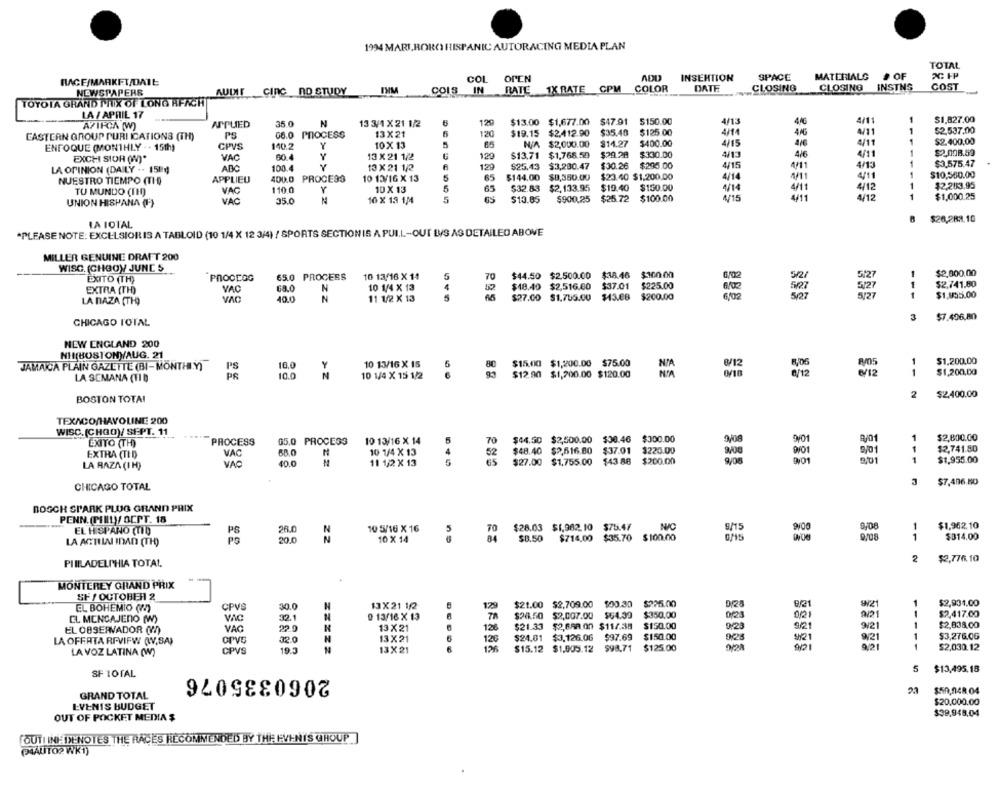
1994 MARLBORO HISPANIC AUTORACING MEDIA PLAN
TOTAL
COL OPEN
INSERTION
SPACE
MATERIALG
# OF
RACE/MARKET/DATE
DATE
CLOSING
CLOSING
INSTNS
COST
NEWSPAPERS
AUDIT CIRC DD STUDY
COIS IN RATE 1X RATE CPM COLOR
TOYOTA GRAND PRIX OF LONG AFACHT
LA / APRIL 17
$150.00
4/13
446
4/11
$1,827.00
AZIFCA (W)
ASPUED
35.0
N
13 3/1 X 21 1/2
6
129
$13.00 $1,677.00 $47.91
PB
08.0 PROCESS
13X 21
120
$19.15 $2.412.90
$35.40
$125.00
416
4/11
52.537.00
EASTERN GROUP PURI ICATIONS (TH)
N/A $2,000.00
$14.27
$400.00
4/15
4/6
4/11
$2.400,00
ENFOQUE (MONTHLY . . 15th)
CPVS
140.2
10 X 13
$2.008.59
EXCHI SIOR (N)*
VAC
60.4
13 X 21 1/2
129
$13.71
$1,768.59
$29.28
$330.00
4/13
4/6
4/11
ABC
100.4
Y
13 X 21 1/2
129
$25.43
$3,290.47
$30.26
$295.00
4/15
4/11
4/13
$3,575.47
LA OPINION (DAILY .- 151)
4/14
4/11
4/11
$10,550.00
NUESTRO TIEMPO (TID
APPLIEU
400.0
PROCESS
10 13/16 X 13
65
$144.00
$8,350.00
$23.40 $1,200,00
TU MUNDO (TH)
VAC
110 0
Y
10 X 13
65
$32.83
$2,133.95
$10.40
$150.00
4/14
4/11
4/12
$2,283.95
$13.05
$900,25
$25.72
$100.00
4/15
4/11
4/12
$1,000.25
UNION HISPANA (1)
VAC
35.0
N
16 X 13 1/4
$20,289.10
LA IOTAL
*PLEASE NOTE: EXCELSIOR IS A TABLOID (10 1/4 X 12 3/4) / SPORTS SECTION IS A PULL-OUT LVS AS DETAILED ABOVE
MILLER GENUINE DRAFT 200
WISC. (CHGOY JUNE S
PROCEOG
65.0 PROCESS
10 13/16 X 14
5
70
$44.50 $2.500.00 $38.46 $100.00
6/02
5/2/
5:27
$2,000.00
EXITO (TH)
$18.40 $2,516.60 $37.01 $225.00
6/02
$2,741.80
EXTRA (TH)
VAC
68.0
N
10 1/4 X 13
507
5/27
1
$1,855.00
LA NAZA (TH-)
VAC
40.0
N
11 1/2 X 13
$27.00 $1.755.00 $13.88 $200.00
6/02
5/27
3
$7.406,80
CHICAGO TOTAL
NEW ENGLAND 200
NH(BOSTONY/AUG. 21
10 13/16 X 15
5
$15.00 $1,200.00 $75.00
3/12
R/05
$1,200,00
JAMAICA PLAIN GAZETTE (BI- MONTHI.Y)
PS
10.0
8/12
6/12
$1,200,00
LA SEMANA (TID
PS
10.0
10 1/4 X 15 1/2
$12.90 $1,200.00 $120.00
2
$2,400.00
BOSTON TOTAL
TEXACO/HAVOLINE 200
WISC. (CHGO)/ SEPT. 11
EXITO (TH)
PROCESS
05.0 PROCESS
10 13/16 X 14
5
70
$44.50 $2,500.00 $30.46 $300.00
9/08
S/01
1
$2,800.00
VAC
10 1/4 X 13
$48.40 $2,616.80 $37.01 $220.00
9/01
-
$2,741.80
EXTRA (TID
62
1
$1,955.00
LA RAZA (I H)
VAC
40.0
11 1/2 X 13
65
$27.00 $1,755.00 $43 88 $200.00
$7,406.80
CHICAGO TOTAL
BOGCH SPARK PLUG GRAND PRIX
PENN. (PHILY OCPT. 18
EL HISPANO (TID)
10 5/16 X 16
$28.03 $1,962.10 $75.47
NIC
8/15
9,08
1
$1,962.10
10 X 14
$8.50
$714.00 $35.70 $100.00
1
$314.00
LA ACTILA IDAD (TH)
PHILADELPHIA TOTAL
2
$2,776.10
MONTEREY GRAND PRIX
SF / OCTOBER 2
9/21
EL BOHEMIO (M)
CPVS
30.0
N
13X21 1/2
129
$21.00 $2,709.00 $00.30 $225.00
D28
9/21
$2,934.00
EL MENSAJENO (W)
VAC
32.1
0 13/16 X 13
$26.50 $2,007.00 $64.39 $350.00
0/21
001
$2,417.00
$21.33 $2,6AR.00 $11/.35
$150.00
9/23
9/21
9/21
1
$2,838.00
EL OBSERVADOR (V)
VAG
22.0
N
13 X 21
126
LA OFERTA REVIEW (WV.SA)
CPVC
32.0
N
13X21
126
$24.01 $3.126.06 $97.69
$150.00
3421
9/21
1
$3,276.06
CPVS
19.3
13 X 21
12%
$15.12 $1,905.12 $98,71 $125.00
921
$2,030.12
LA VOZ LATINA (W)
SF TOTAL
2060335076
5
$13,495.18
GRAND TOTAL
$50,048. 04
$20.000.00
EVENTS BUDGET
$39,948,04
OUT OF POCKET MEDIA $
OUTI INF DENOTES THE RACES RECOMMENDED BY THE EVENTS GHOUP.
(4AUTO2 WK1)